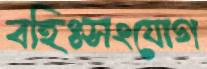
বহিঃসংযোগ